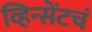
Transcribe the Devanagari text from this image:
व्हिन्सेंटचं